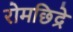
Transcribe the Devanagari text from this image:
रोमछिद्रे